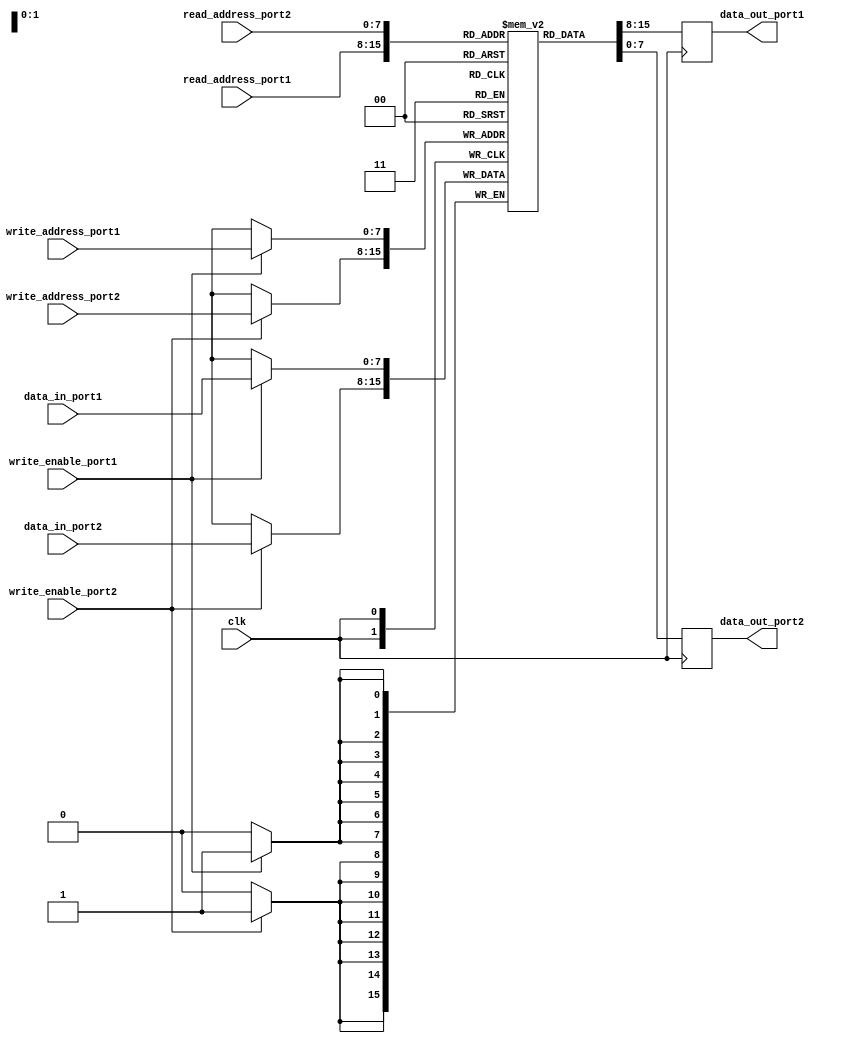
module dual_port_register_file (
    input [7:0] read_address_port1,
    input [7:0] read_address_port2,
    input [7:0] write_address_port1,
    input [7:0] write_address_port2,
    input [7:0] data_in_port1,
    input [7:0] data_in_port2,
    input write_enable_port1,
    input write_enable_port2,
    input clk,
    output reg [7:0] data_out_port1,
    output reg [7:0] data_out_port2
);

reg [7:0] registers [0:255];

always @ (posedge clk) begin
    if (write_enable_port1)
        registers[write_address_port1] <= data_in_port1;
    if (write_enable_port2)
        registers[write_address_port2] <= data_in_port2;

    data_out_port1 <= registers[read_address_port1];
    data_out_port2 <= registers[read_address_port2];
end

endmodule